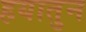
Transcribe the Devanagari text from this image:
हयातुन